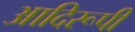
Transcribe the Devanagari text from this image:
आदिरूपी